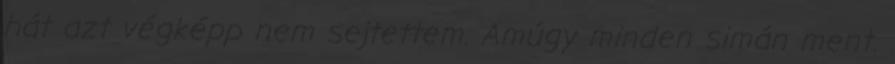
hát azt végképp nem sejtettem. Amúgy minden simán ment.